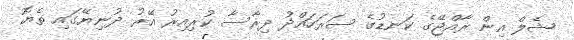
ޝެލް އިން ރާއްޖޭގެ ކަނޑުގެ ސަރަހައްދު ދިރާސާ ކުރިއިރު އޭރު ދުނިޔޭގައި ތެޔޮ